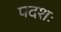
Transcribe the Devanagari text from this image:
पदशः